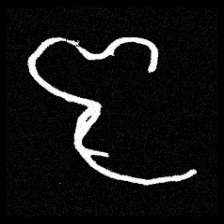
Pyu character \u2014 Myanmar letter: ဇ (romanized: ja)